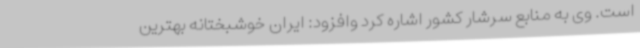
است. وی به منابع سرشار کشور اشاره کرد وافزود: ایران خوشبختانه بهترین